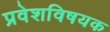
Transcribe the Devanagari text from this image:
प्रवेशविषयक